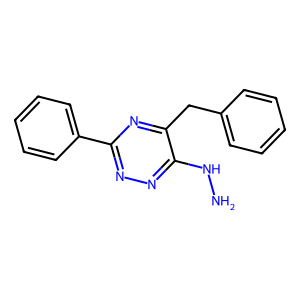
SMILES: NNc1nnc(-c2ccccc2)nc1Cc1ccccc1
Inhibits HIV replication: No